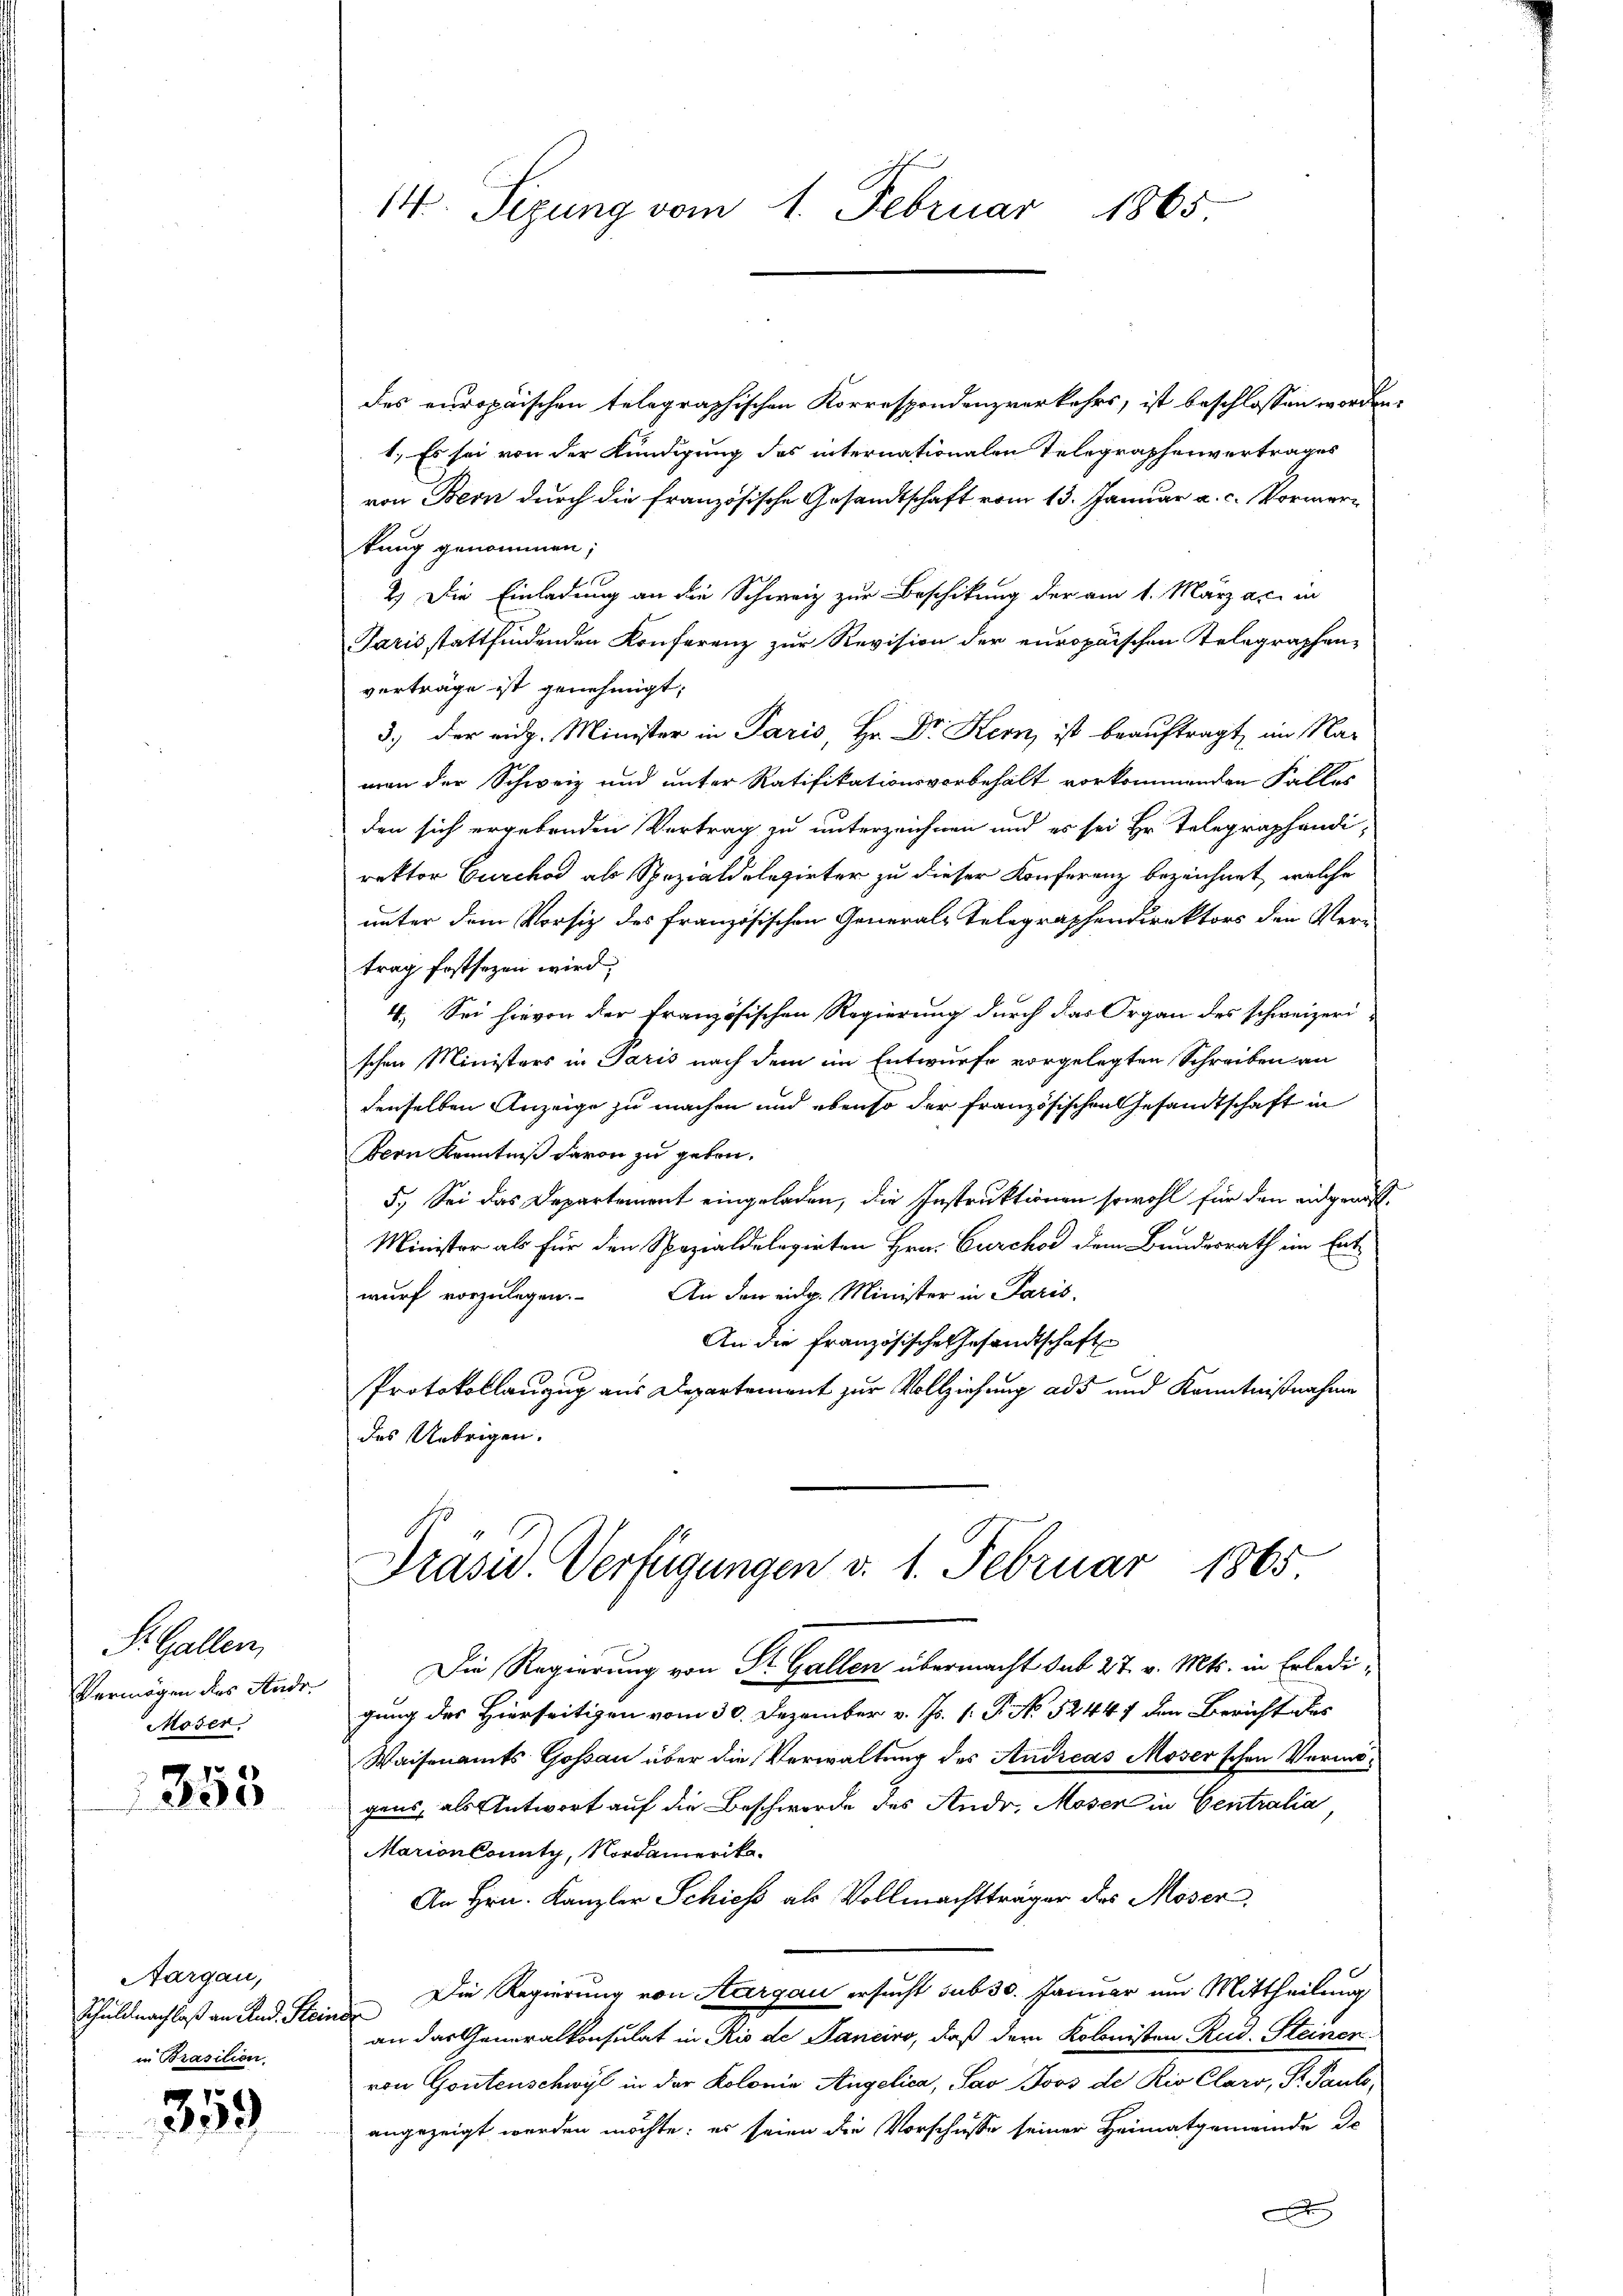
S. Gallen,
Vermögen des Ande
Moser.

355

Aargau,
Schuld nachlaß an Rud. Stein
in Brasilien.

359

14. Sizung vom 1. Februar 1865

des europaischen telegraphischen Korrespondenzverkehrs, ist beschlossen worden.
1. Es sei von der Kündigung des internationalen Telegraphenvertrages
von Bern durch die französische Gesandtschaft vom 13. Januar a. c. Vormertung genommen;
2.) Die Einladung an die Schweiz zur Beschikung der am 1. März a. in
Paris stattfindenden Konferenz zur Revision der europaischen Telegraphenverträge ist genehmigt;
3.) der eidg. Minister in Paris, Hr. Dr Kern, ist beauftragt, im Naman der Schweiz und unter Ratifikationsvorbehalt vorkommenden Falles
den sich ergebenden Vertrag zu unterzeichnen und es sei Hr. Telegraphändi
rektor Curch als Spezialdelegirter zu dieser Konferenz bezeichnet, welche
unter dem Vorsitz des französischen Generals Telegraphendirektors den Vertrag festsezen wird.
4. Sei hievon der Französischen Regierung durch das Organ des schweizeri
schen Ministers in Paris nach dem im Entwurfe vorgelegten Schreiben an
denselben Anzeige zu machen und ebenso der Französischen Gesandtschaft in
Bern Kenntniß davon zu geben.
5.) Sei das Departement eingeladen, die Instruktionen sowohl für den eidgenos¬
Minister als für den Spezialdelegirten Hrn. Curckod dem Bundesrath im Entwurf vorzulegen. An den eidg. Minister in Paris,
An die Französische Gesandtschaft
Protokollanzug aus Departement zur Vollziehung ads und Kenntnißnahme
des Uebrigen.
Präsid. Verfügungen d. 1. Februar 1865
Die Regierung von St. Gallen übermacht sub 27. v. Mts. in Erledigung des Hierseitigen vom 30. Dezember v. Js. 1. P. No 52447 den Bericht des
Waisenamts Gossau über die Verwaltung des Andreas Moser'schen Vermögens, als Antwort auf die Beschwerde des Ander, Moser in Centralia,
MarionCounty, Nordamerika.
An Hrn. Kanzler Schieß als Vollmachtträger des Moser,
Die Regierung von Aargau ersucht sub 30. Januar um Mittheilung
¬
an das Generalkonsulat in Rio de Manciro, daß dem Kolonisten Rud. Steinenvon Gontenschwyl in der Kolonie Angelica, Pao Joos de Rio Claro, S. Panto-
angezeigt werden möchte; es seien die Vorschusse seiner Heimatgemeinde de
F